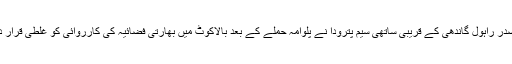
تفصیلات کے مطابق بھارت کی سیاسی جماعت کانگریس صدر راہول گاندھی کے قریبی ساتھی سیم پترودا نے پلوامہ حملے کے بعد بالاکوٹ میں بھارتی فضائیہ کی کارروائی کو غلطی قرار دیتے ہوئے اس کارروائی میں مبینہ ہلاکتوں پر سوال اْٹھا دیا۔